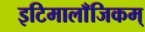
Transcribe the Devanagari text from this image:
इटिमालाँजिकम्